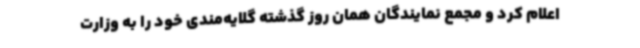
اعلام کرد و مجمع نمایندگان همان روز گذشته گلایه‌مندی خود را به وزارت